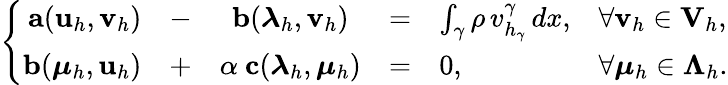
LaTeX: \left\{ \begin{array}{rcccll}{{\mathbf a}({\mathbf u}_{h},{\mathbf v}_{h})}&{-}&{{\mathbf b}(\boldsymbol\lambda_{h},{\mathbf v}_{h})}&{=}&{\int_{\gamma}\rho\, v_{h_{\gamma}}^{\gamma}\, dx,}&{\forall{\mathbf v}_{h}\in{\mathbf V}_{h},}\\ {{\mathbf b}(\boldsymbol\mu_{h},{\mathbf u}_{h})}&{+}&{\alpha\ {\mathbf c}(\boldsymbol\lambda_{h},\boldsymbol\mu_{h})}&{=}&{0,}&{\forall\boldsymbol\mu_{h}\in\boldsymbol\Lambda_{h}.}\end{array}\right.